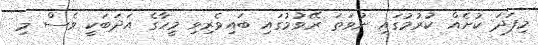
މިފަދަ ކުށެއް ކުރުމުގައި ނުވަތަ ރޭވުމުގައި ބައިވެރިވި މީހާގެ އަދަބަކީ ވެސް މި